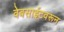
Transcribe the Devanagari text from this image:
वेबसाईटवरून